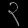
Digit: ၃